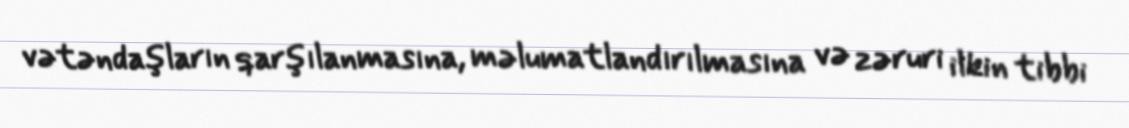
vətəndaşların qarşılanmasına, məlumatlandırılmasına və zəruri ilkin tibbi